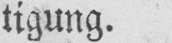
tigung.